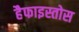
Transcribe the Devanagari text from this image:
हैफाइस्तोस